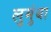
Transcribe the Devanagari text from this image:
लुमुंबा